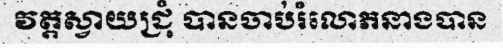
វត្តស្វាយជ្រុំ បានចាប់រំលោភនាងបាន